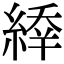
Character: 𦂜